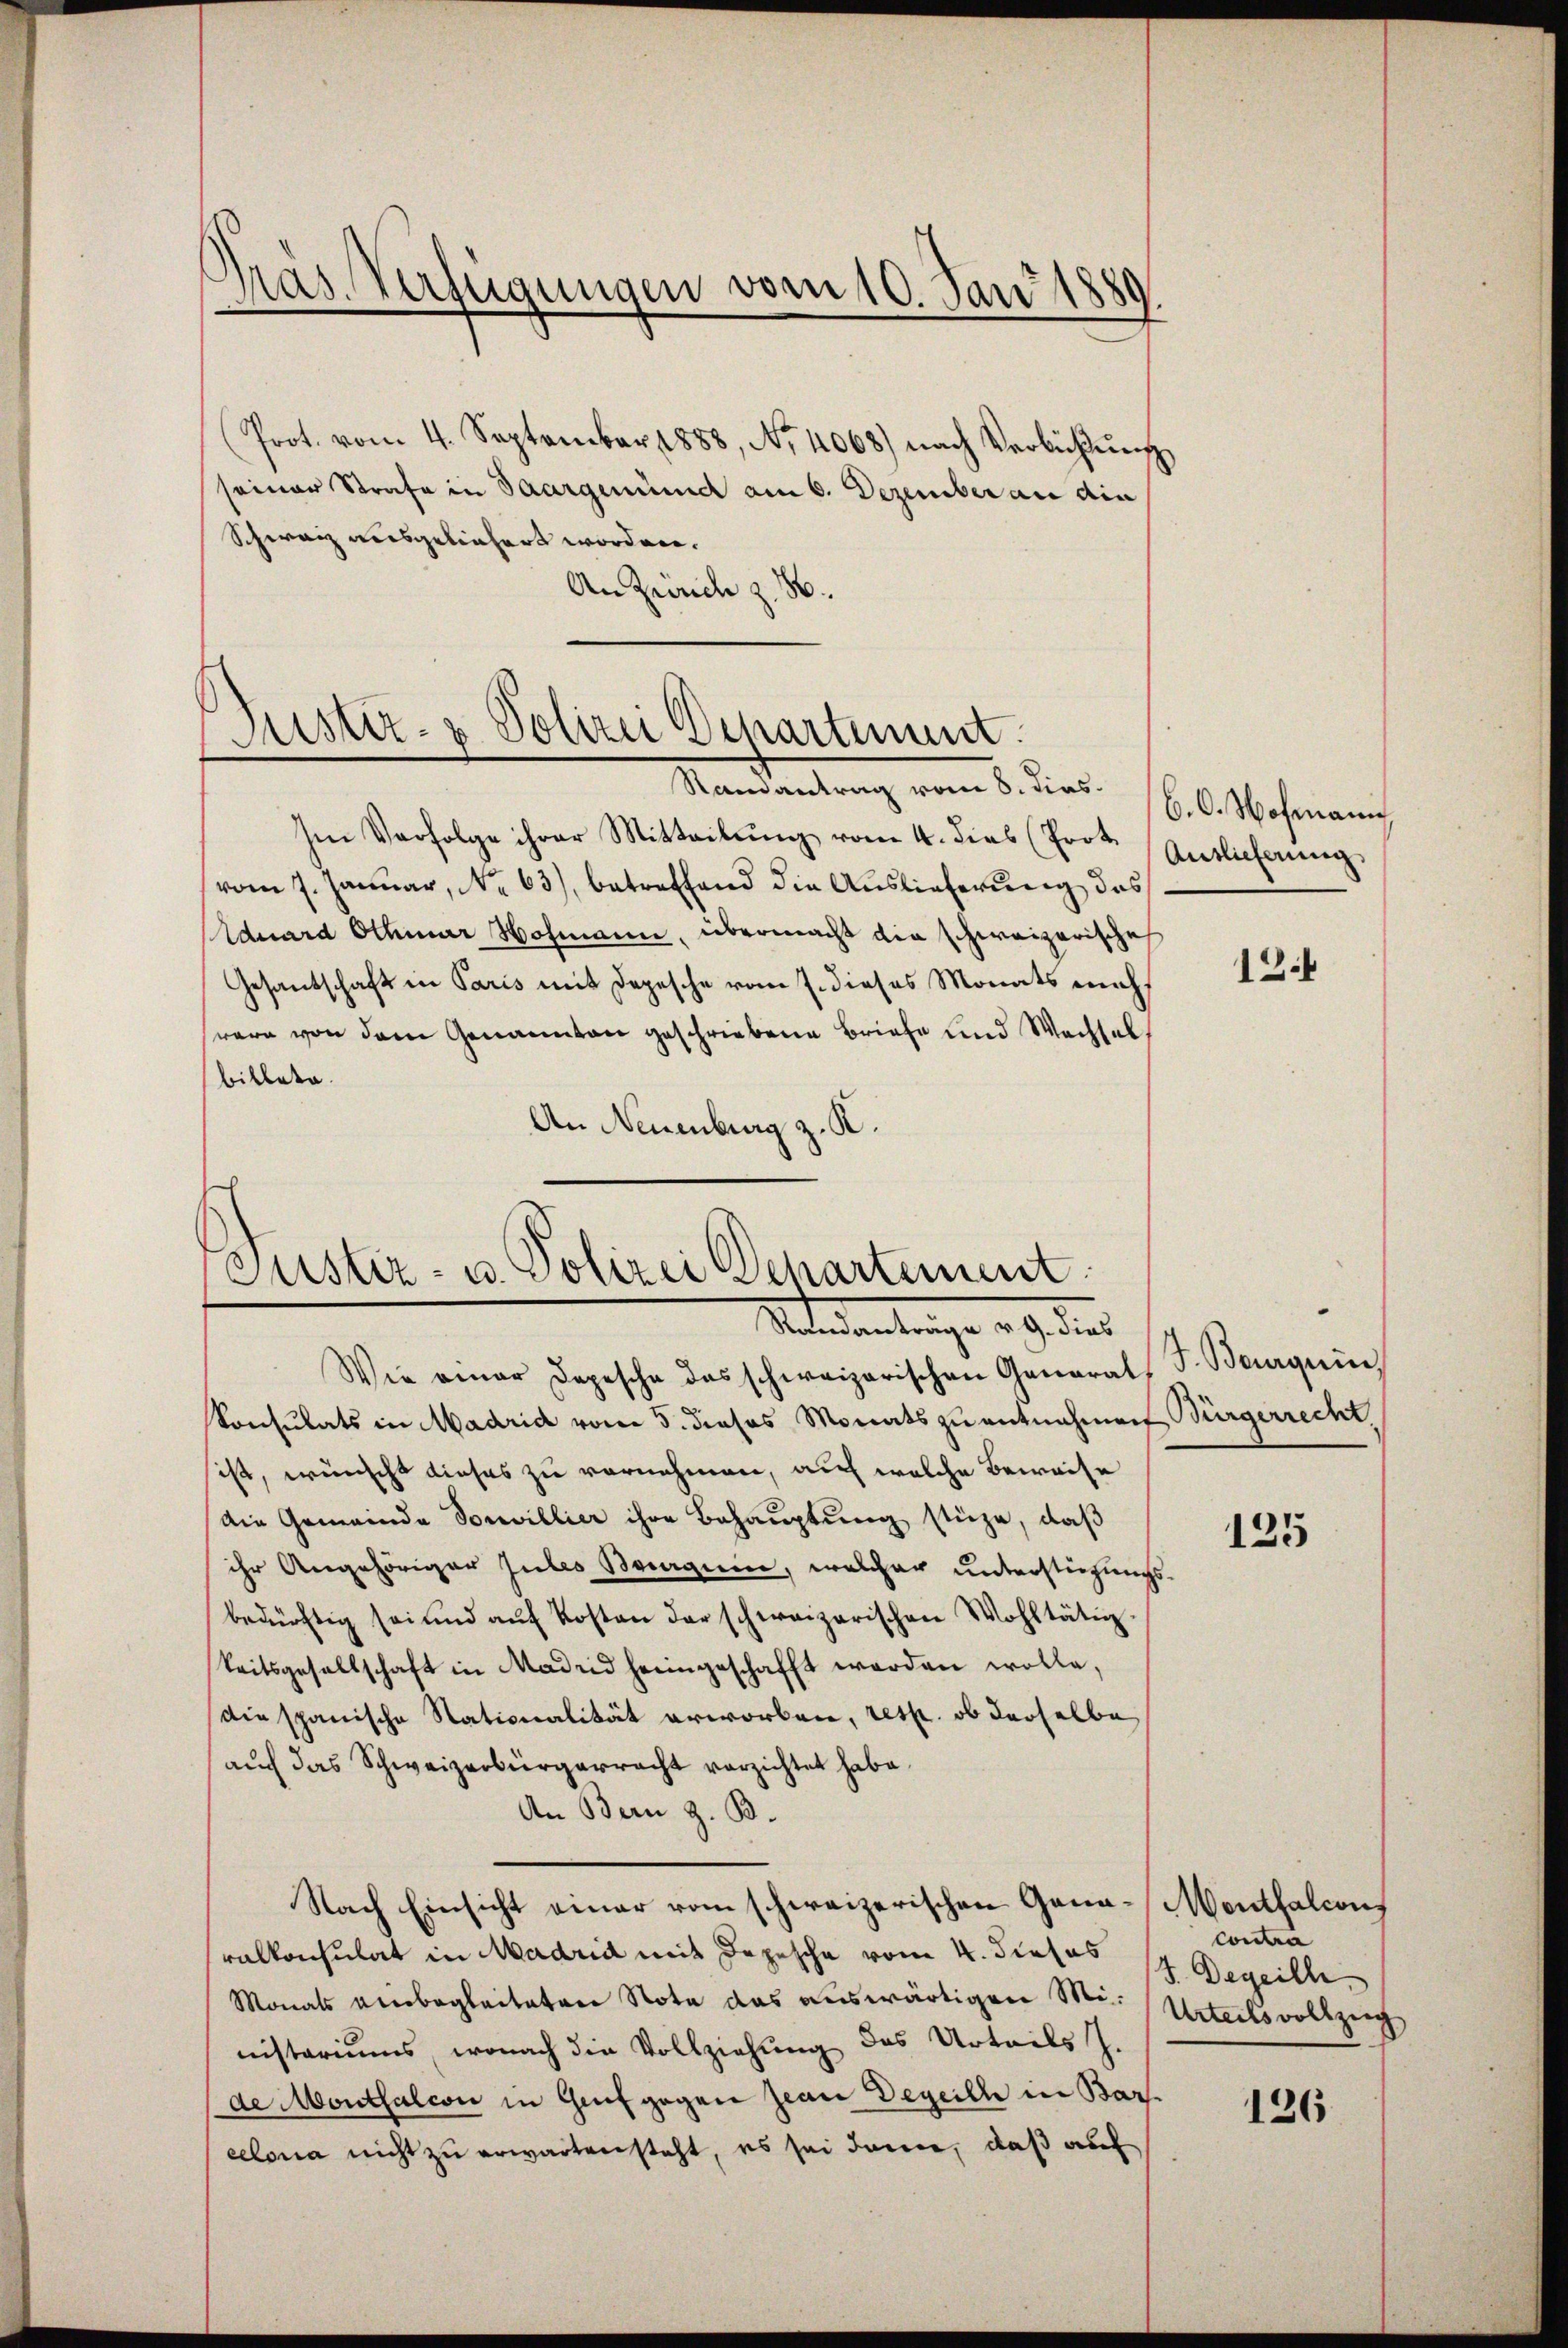
Pras. Verfügungen vom 10. Jan. 1889.

Prot. vom 4. September 1888, No 4068) nach Verlichtŭng
seiner Strafe in Saargemund am 6. Dezember an die
Schwarz ausgeliefert worden.
An Zürich z. B.

Justiz- & Polizei Departement.

Justiz- u. Polizei Departement
Setendentrage an dies

Samantrag vom 8. dies
Im Verfolge ihrer Mitteilung vom 4. dies (Prot.
vom 7. Januar, No 63), betreffend die Auslieferung des
Eduard Othmar Hohmann, übermacht die schweizerische
Gesandschaft in Paris mit Depesche vom 7. dieses Monats nicht
were von dem Genannten geschriebene Briefe und Wechsel
bittete.
An Neuenburg z. K.

Wie einer Depesche das schweizerischen General-
Konsulats in Madrid vom 5. dieses Monats zu entnahmen Bürgerrecht,
sist, wünscht dieses zu vornehmen, auf welche Beweise
Die Gemeinde Souvillier ihre Behauptung stüze, daß
ihr Angehöriger Jubes Beginne, welcher unterstüzungs-
bedürftig sei und aŭf Kosten der schweizerischen Wohltätig-
keitsgesellschaft in Madrid heimgeschafft werden wolle,
Diespanische Stationalität erworben, resp. ob derselbe
aŭch das Schweizerbürgerracht verzichtet habe.
An Bern z. B.
Nach Einsicht einer vom schweizerischen Gana-Mentfalcons
ralkonsulat in Madrid mit Depesche vom 4. dieses
Monats einbegleiteten Note das auswärtigen Mit Urteilsvollzung
nistariums, wonach die Vollziehung des Urteils J.
de Monthalcon in Genf gegen Jean Degeill in Bar.
celona nicht zu erwarten steht, es sei dauer, daß auch

6. C. Hofmann
Auslieferung

12.

J. Baerquin

125

Contra
S. Degeilh

126